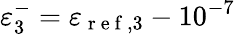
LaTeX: \varepsilon_{3}^{-}=\varepsilon_{\mathrm{~r~e~f~},3}-10^{-7}